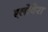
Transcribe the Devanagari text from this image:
एलोवेरा